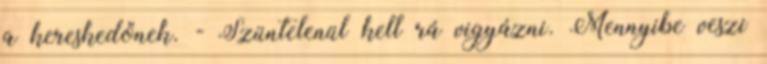
a kereskedőnek. - Szüntelenül kell rá vigyázni. Mennyibe veszi